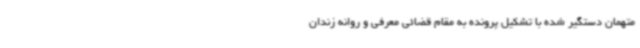
متهمان دستگیر شده با تشکیل پرونده به مقام قضائی معرفی و روانه زندان